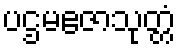
ပဌမဧဇာသုတ္တံ